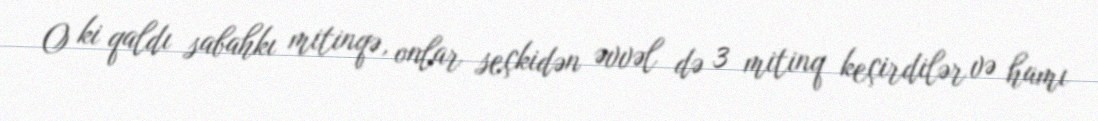
O ki qaldı sabahkı mitinqə, onlar seçkidən əvvəl də 3 mitinq keçirdilər və hamı